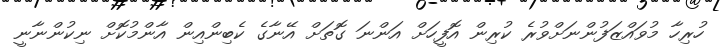
ހުރިހާ މުވައްޒަފުންނަށްވުރެ ކުރިން އޮފީހަށް އަންނަ ގޮތަށް އޭނާގެ ކެބިންއިން އާންމުކޮށް ނިކުންނާނީ